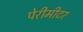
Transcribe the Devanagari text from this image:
पेरीमीटर